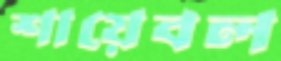
শায়েবল